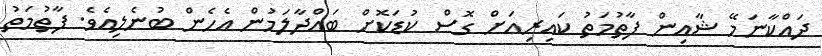
ދައްކާނަމޭ ޝާއިން ފާތުމަތު ކައިރިއަށް ގޮސް ކުޑަކޮށް ބައްދާލަމުން އެހެން ބުނެލިއެވެ. ފާތުމަތު